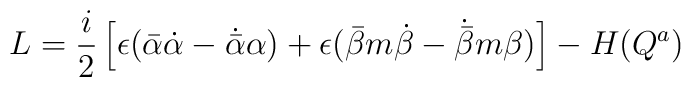
L=\frac{i}{2}\left[ \epsilon({\bar \alpha}\dot \alpha-\dot{\bar \alpha}\alpha)+\epsilon ({\bar \beta}m\dot \beta-\dot{\bar \beta}m\beta)\right]- H(Q^a)